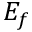
E _ { f }